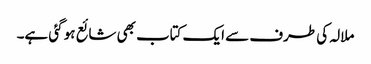
ملالہ کی طرف سے ایک کتاب بھی شائع ہو گئی ہے۔